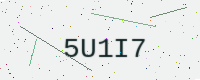
Text: 5U1I7